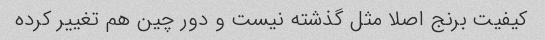
کیفیت برنج اصلا مثل گذشته نیست و دور چین هم تغییر کرده